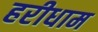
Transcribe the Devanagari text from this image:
हरीधाम